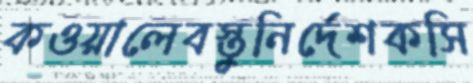
কওয়ালেবস্তুনির্দেশকসি